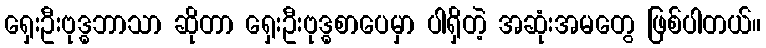
ရှေးဦးဗုဒ္ဓဘာသာ ဆိုတာ ရှေးဦးဗုဒ္ဓစာပေမှာ ပါရှိတဲ့ အဆုံးအမတွေ ဖြစ်ပါတယ်။